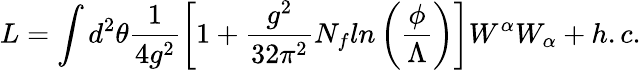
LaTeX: L=\int d^{2}\theta\frac{1}{4g^{2}}\left[1+\frac{g^{2}}{32\pi^{2}}N_{f}ln\left(\frac{\phi}{\Lambda}\right)\right]W^{\alpha}W_{\alpha}+h.c.